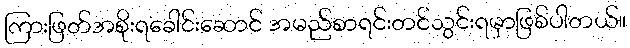
ကြားဖြတ်အစိုးရခေါင်းဆောင် အမည်စာရင်းတင်သွင်းရမှာဖြစ်ပါတယ်။